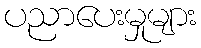
ပညာပေးမှုများ